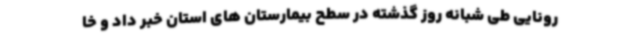
رونایی طی شبانه روز گذشته در سطح بیمارستان های استان خبر داد و خا